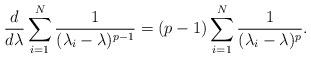
LaTeX: \begin{align*} \frac{d}{d\lambda} \sum_{i = 1}^{N} \frac{1}{( \lambda _{i} - \lambda )^{p - 1}} = ( p - 1 ) \sum_{i = 1}^{N} \frac{1}{( \lambda _{i} - \lambda )^{p }}. \end{align*}